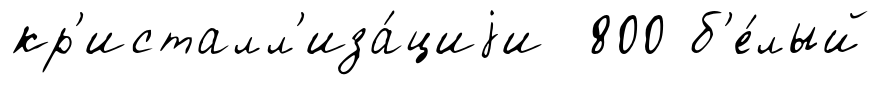
кр'исталл'иза́циjи 800 б'е́лый